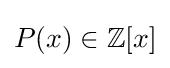
P(x)\in \mathbb {Z} [x]